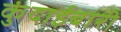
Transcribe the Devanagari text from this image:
कुंदाईबारी